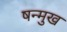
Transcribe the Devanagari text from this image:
षन्मुख